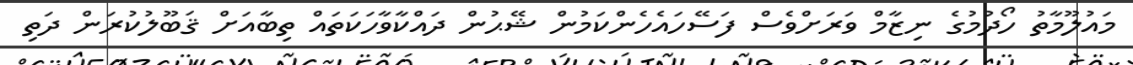
މައުލޫމާތު ހޯދުމުގެ ނިޒާމް ވަރަށްވެސް ފަސޭހައެހެންކަމުން ޝޭޙުން ދައްކާވާހަކަތައް ތިބާއަށް ޤަބޫލުކުރަން ދަތި